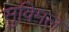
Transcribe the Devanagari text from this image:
सुविमल